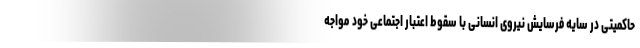
حاکمیتی در سایه فرسایش نیروی انسانی با سقوط اعتبار اجتماعی خود مواجه